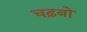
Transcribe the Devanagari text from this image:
चढ़बो